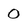
Character: O